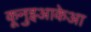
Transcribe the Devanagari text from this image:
कूनुइआकेआ